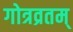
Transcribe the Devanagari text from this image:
गोत्रव्रतम्